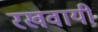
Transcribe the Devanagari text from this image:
रखवायी